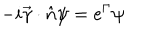
- i \vec { \gamma } \cdot \hat { n } \psi = e ^ { \Gamma } \psi